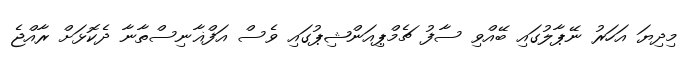
މިދިޔަ އަހަރު ނޭޕާލުގައި ބޭއްވި ސާފު ޗެމްޕިއަންޝިޕުގައި ވެސް އަފްޣާނިސްތާނާ ދެކޮޅަށް ރާއްޖެ